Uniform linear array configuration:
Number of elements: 48
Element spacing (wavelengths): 0.75
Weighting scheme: binomial
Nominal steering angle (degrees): -45
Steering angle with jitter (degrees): -45.372
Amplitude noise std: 0.05
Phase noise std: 0.05

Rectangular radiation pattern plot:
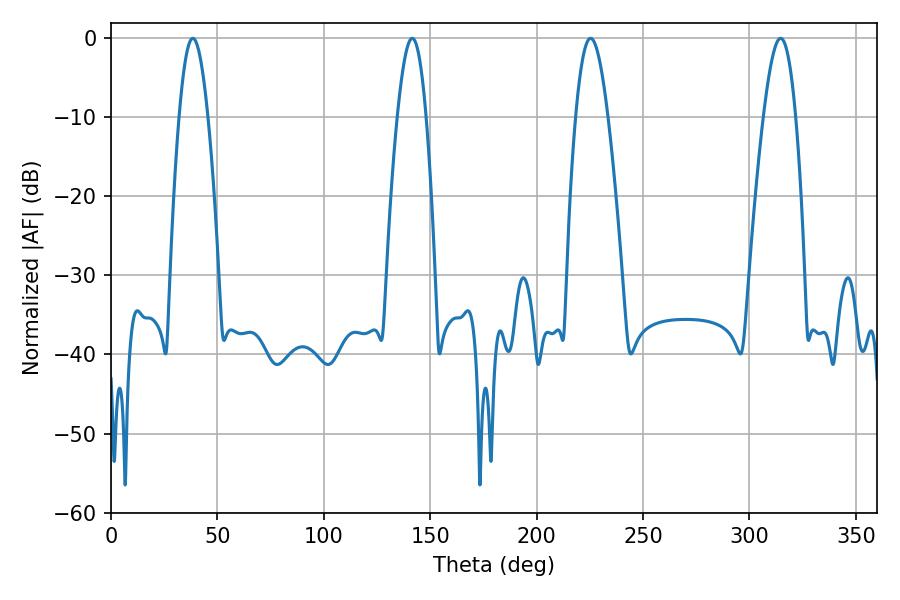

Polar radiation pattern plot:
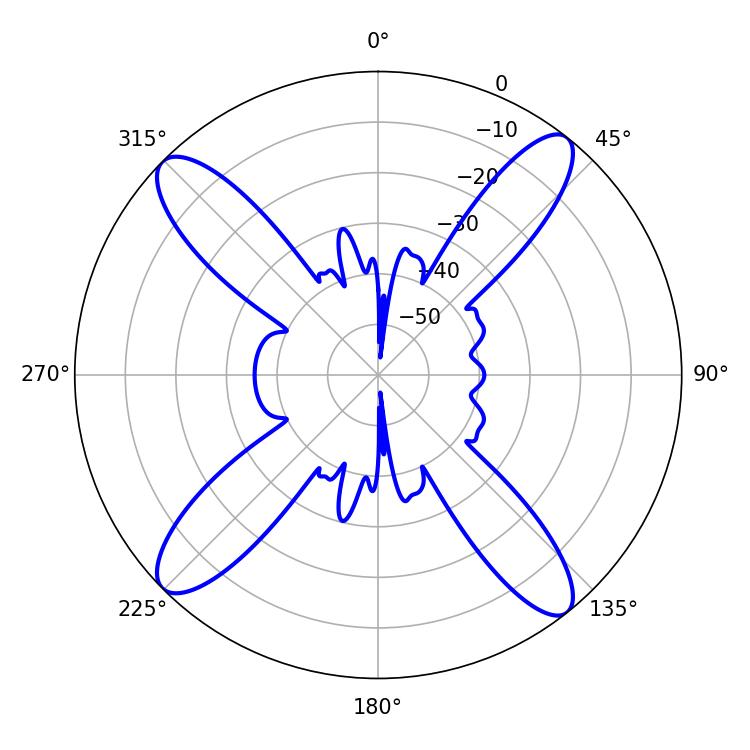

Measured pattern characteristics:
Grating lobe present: TRUE
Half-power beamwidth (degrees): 8.28
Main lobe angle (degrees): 225.36